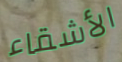
الأشقاء